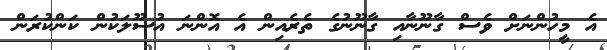
އެ މީހުންނަށް ވެސް ގާނޫނާއި ގާނޫނުގެ ތެރެއިން އެ އޮންނަ އުސޫލަކުން ކަންކުރަން